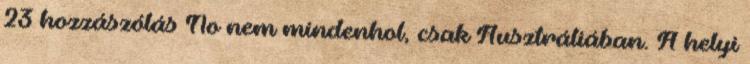
23 hozzászólás No nem mindenhol, csak Ausztráliában. A helyi